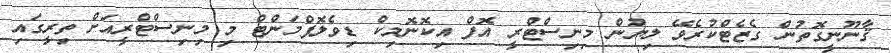
ޤާނޫނީގޮތުން ގެޒެޓްކުރެވޭ ލިޔުން މިނިސްޓްރީ އޮފް އިކޮނޮމިކް ޑިވެލޮޕްމަންޓް މި މިނިސްޓްރީއަށް ތިރީގައި